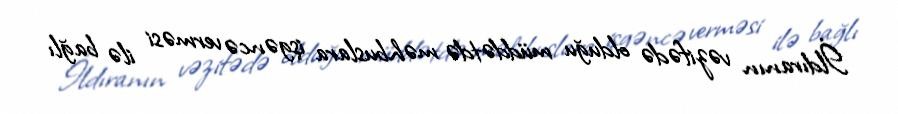
İldıranın vəzifədə olduğu müddətdə məhbuslara işgəncə verməsi ilə bağlı